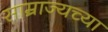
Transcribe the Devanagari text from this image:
साम्राज्यच्या